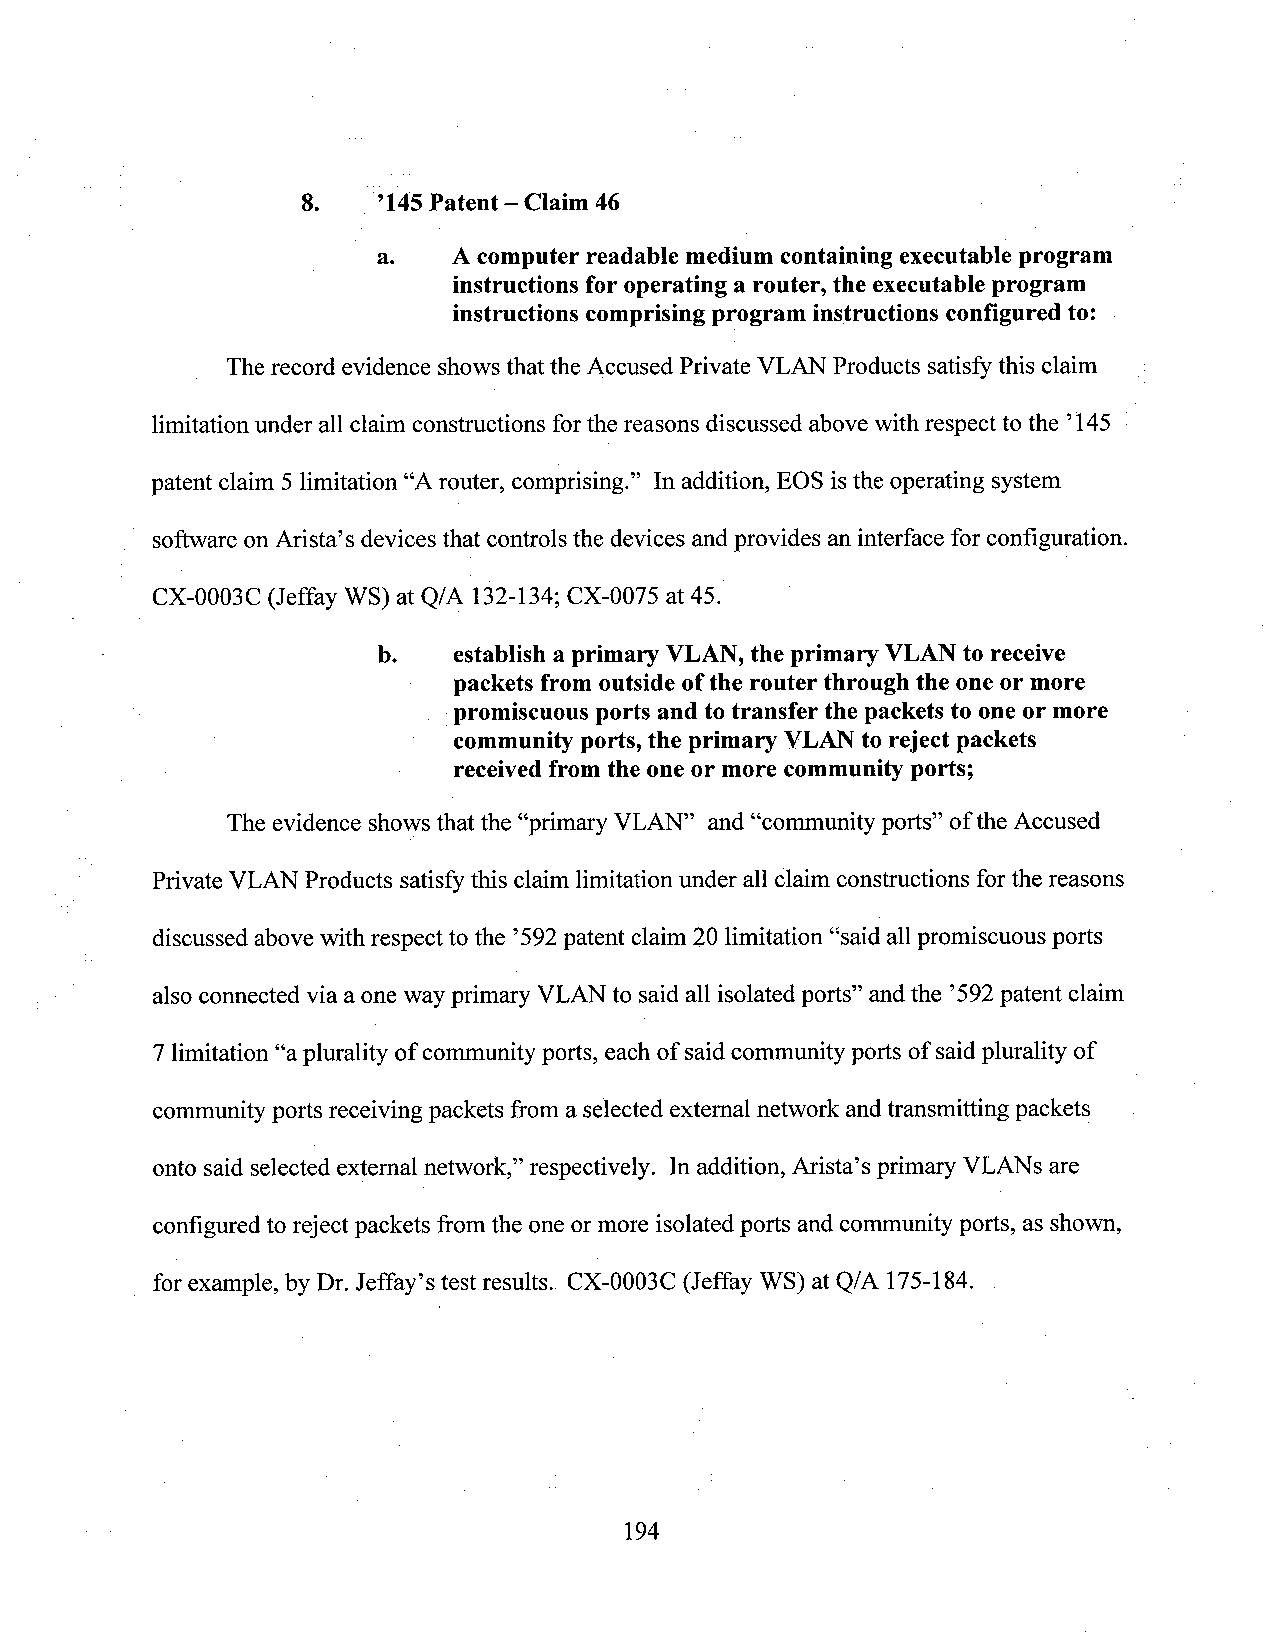
8.  _’145 Patent —Claim 46                   ­
 a.   Acomputer readable medium containing executableprogram
 instructions for operating a router, the executableprogram
 instructions comprisingprogram instructions configured to:
 _ The record evidence shows that the Accused Private VLAN Products satisfy this claim
 limitation under allclaim constructions forthe reasons discussed above with respect to the ’145
 patent claim 5limitation “A router, comprising.” In addition, EOS isthe operating system
 softwareonArista’s devices that controls the devices andprovides an interface for configuration
 CX-0003C (Jeffay WS) at Q/A 132-134; CX-0075 at 45.
 b.   establish a primary VLAN,the primary VLANto receive
 packets fromoutside ofthe router through the oneor more
 promiscuous ports and totransfer the packets to oneor more
 communityports, the primary VLANto reject packets
 receivedfrom the oneor more community ports;
 The evidence showsthat the “primaryVLAN” and “community ports” ofthe Accused
 PrivateVLAN Products satisfythis claim limitation under all claim constructions forthe reasons
 discussed abovewith respect to the ’592patent claim 20 limitation “saidallpromiscuous ports
 also connected via aone way primary VLAN to said all isolated ports” and the ’592patent claim
 7limitation“aplurality of communityports, each of saidcommunity ports of saidplurality of
 community ports receiving packets from a selected external network andtransmitting packets
 onto said selected external network,” respectively. In addition, Arista’s primary VLANSare
 configured to reject packets from the oneor more isolated ports andcommunity ports, as shown,
 for example, by Dr.Jeffay’s test results. CX-0003C (Jeffay WS) at Q/A 175-184.
 194